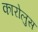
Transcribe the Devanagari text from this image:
कारोलुस